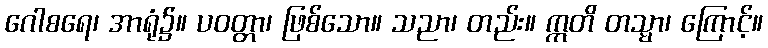
ဂေါစရေ၊ အာရုံ၌။ ပဝတ္တာ၊ ဖြစ်သော။ သညာ၊ တည်း။ ဣတိ တသ္မာ၊ ကြောင့်။